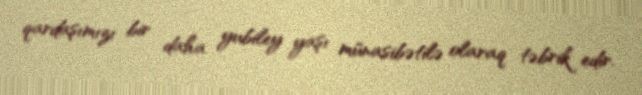
qardaşımızı bir daha yubiley yaşı münasibətilə olaraq təbrik edir.